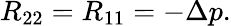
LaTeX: R_{22}=R_{11}=-\Delta p.